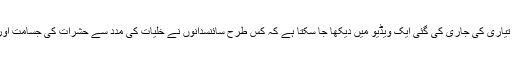
یونیورسٹی آف ورمونٹ کی جانب سے مذکورہ روبوٹس کی تیاری کی جاری کی گئی ایک ویڈیو میں دیکھا جا سکتا ہے کہ کس طرح سائنسدانوں نے خلیات کی مدد سے حشرات کی جسامت اور شکل کے چلتے پھرتے اور سانس لیتے روبوٹ تیار کیے۔